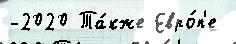
-2020 Та́кже Евро́п'е